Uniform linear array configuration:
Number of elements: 32
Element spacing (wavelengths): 0.5
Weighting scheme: blackman
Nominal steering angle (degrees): -30
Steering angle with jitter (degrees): -31.255
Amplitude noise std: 0.05
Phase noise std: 0.05

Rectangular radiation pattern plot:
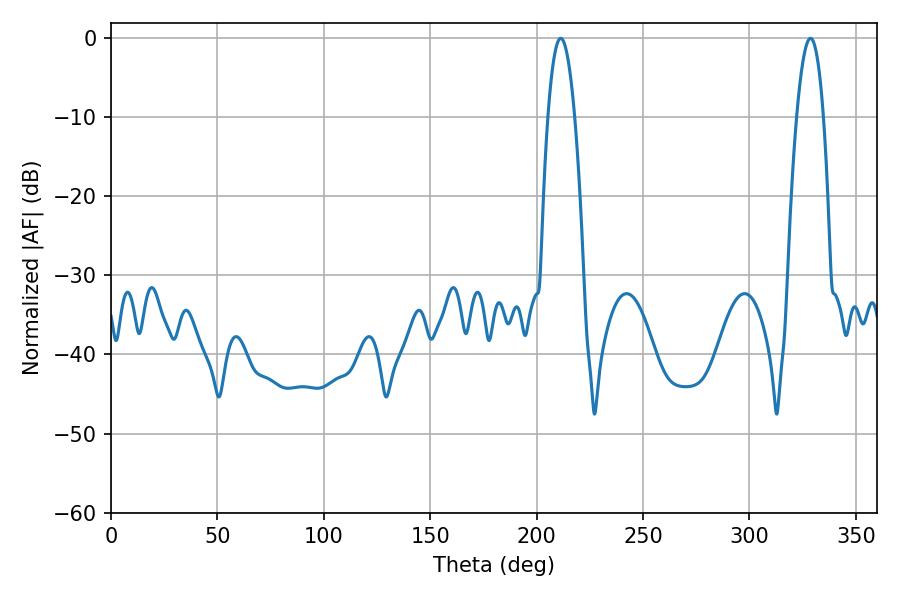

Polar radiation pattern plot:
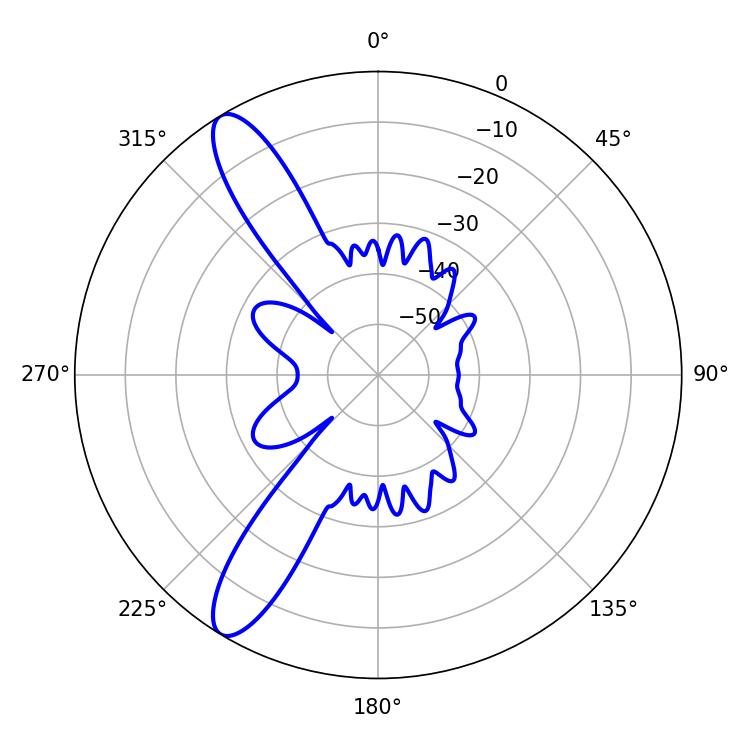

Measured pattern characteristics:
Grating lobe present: FALSE
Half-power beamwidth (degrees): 7.02
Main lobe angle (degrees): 211.32